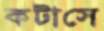
কটাসে